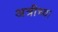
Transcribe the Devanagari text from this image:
अत्रीच्या